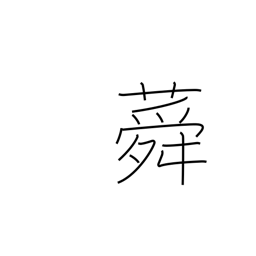
Meaning: althea